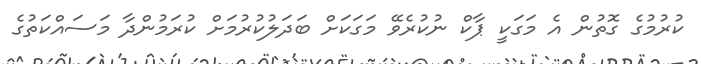
ކުރުމުގެ ގޮތުން އެ މަގަކީ ޕާކް ނުކުރެވޭ މަގަކަށް ބަދަލުކުރުމަށް ކުރަމުންދާ މަސައްކަތުގެ